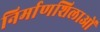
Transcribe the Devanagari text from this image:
निर्माणशिलाओं